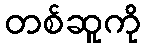
တစ်ဆူကို